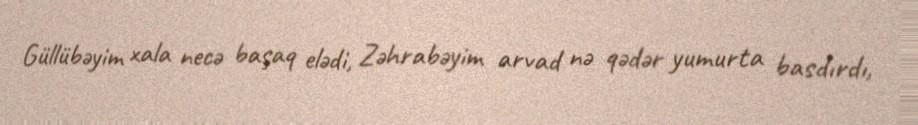
Güllübəyim xala necə başaq elədi, Zəhrabəyim arvad nə qədər yumurta basdırdı,